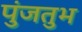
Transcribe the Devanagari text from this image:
पुंजतुभ